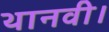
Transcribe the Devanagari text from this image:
थानवी।